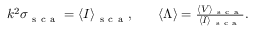
\begin{array} { r l r } { k ^ { 2 } \sigma _ { \mathrm { ~ s ~ c ~ a ~ } } = \langle I \rangle _ { \mathrm { ~ s ~ c ~ a ~ } } , } & { { } } & { \langle \Lambda \rangle = \frac { \langle V \rangle _ { \mathrm { ~ s ~ c ~ a ~ } } } { \langle I \rangle _ { \mathrm { ~ s ~ c ~ a ~ } } } . } \end{array}